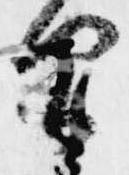
間